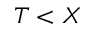
T < X